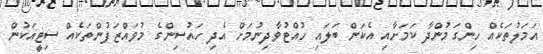
އަމަލުތަކެއް ހިންގަމުންދާ ކަމަށާއި އެކަން ބަލައި ހުއްޓުވާދިނުމަށް އެދި ހައުސިންގެ މުވައްޒަފުންތަކެއް ސިޓީއަކުން